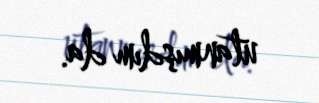
utanmışdım da.